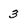
Character: 3